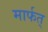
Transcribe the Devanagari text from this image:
मार्फत्‌